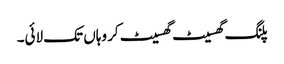
پلنگ گھسیٹ گھسیٹ کر وہاں تک لائی۔